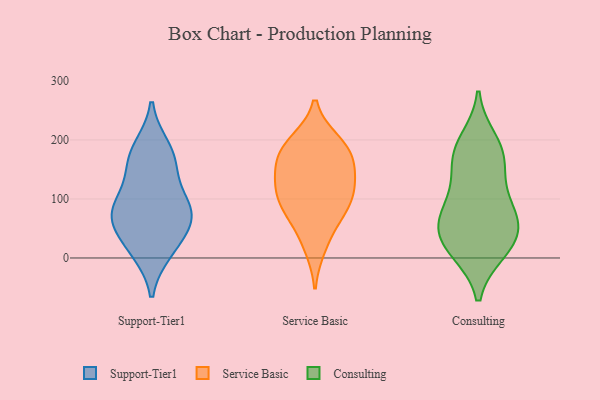
{"axis": {"x": "LTV (USD)", "y": "Value"}, "legend": ["Consulting", "Service Basic", "Support-Tier1"], "data": [{"x": "", "y": 165, "type": "Support-Tier1"}, {"x": "", "y": 87, "type": "Support-Tier1"}, {"x": "", "y": 158, "type": "Support-Tier1"}, {"x": "", "y": 185, "type": "Support-Tier1"}, {"x": "", "y": 74, "type": "Support-Tier1"}, {"x": "", "y": 61, "type": "Support-Tier1"}, {"x": "", "y": 71, "type": "Support-Tier1"}, {"x": "", "y": 95, "type": "Support-Tier1"}, {"x": "", "y": 13, "type": "Support-Tier1"}, {"x": "", "y": 21, "type": "Support-Tier1"}, {"x": "", "y": 140, "type": "Service Basic"}, {"x": "", "y": 88, "type": "Service Basic"}, {"x": "", "y": 117, "type": "Service Basic"}, {"x": "", "y": 197, "type": "Service Basic"}, {"x": "", "y": 193, "type": "Service Basic"}, {"x": "", "y": 126, "type": "Service Basic"}, {"x": "", "y": 18, "type": "Service Basic"}, {"x": "", "y": 169, "type": "Service Basic"}, {"x": "", "y": 98, "type": "Service Basic"}, {"x": "", "y": 183, "type": "Service Basic"}, {"x": "", "y": 157, "type": "Service Basic"}, {"x": "", "y": 55, "type": "Service Basic"}, {"x": "", "y": 86, "type": "Service Basic"}, {"x": "", "y": 54, "type": "Consulting"}, {"x": "", "y": 109, "type": "Consulting"}, {"x": "", "y": 179, "type": "Consulting"}, {"x": "", "y": 64, "type": "Consulting"}, {"x": "", "y": 12, "type": "Consulting"}, {"x": "", "y": 168, "type": "Consulting"}, {"x": "", "y": 59, "type": "Consulting"}, {"x": "", "y": 18, "type": "Consulting"}, {"x": "", "y": 198, "type": "Consulting"}, {"x": "", "y": 54, "type": "Consulting"}, {"x": "", "y": 100, "type": "Consulting"}, {"x": "", "y": 164, "type": "Consulting"}, {"x": "", "y": 16, "type": "Consulting"}]}